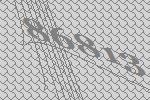
86813